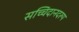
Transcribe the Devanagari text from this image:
सच्चिदानदरुप